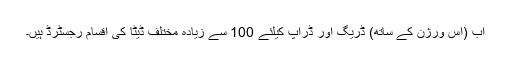
اب (اس ورژن کے ساتھ) ڈریگ اور ڈراپ کیلئے 100 سے زیادہ مختلف ڈیٹا کی اقسام رجسٹرڈ ہیں۔